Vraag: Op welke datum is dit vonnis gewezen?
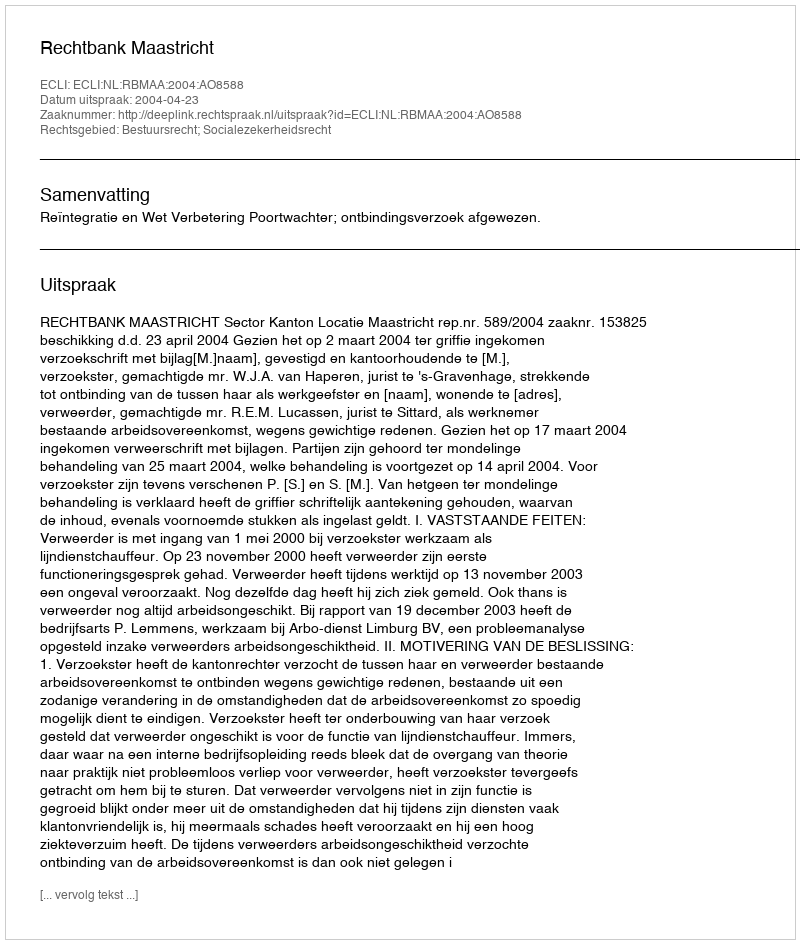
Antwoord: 2004-04-23